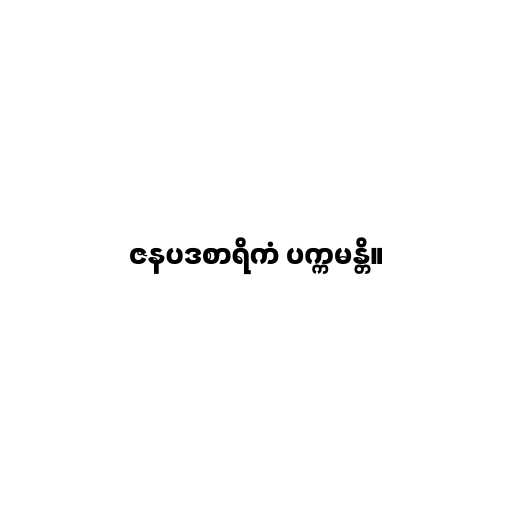
ဇနပဒစာရိကံ ပက္ကမန္တိ။